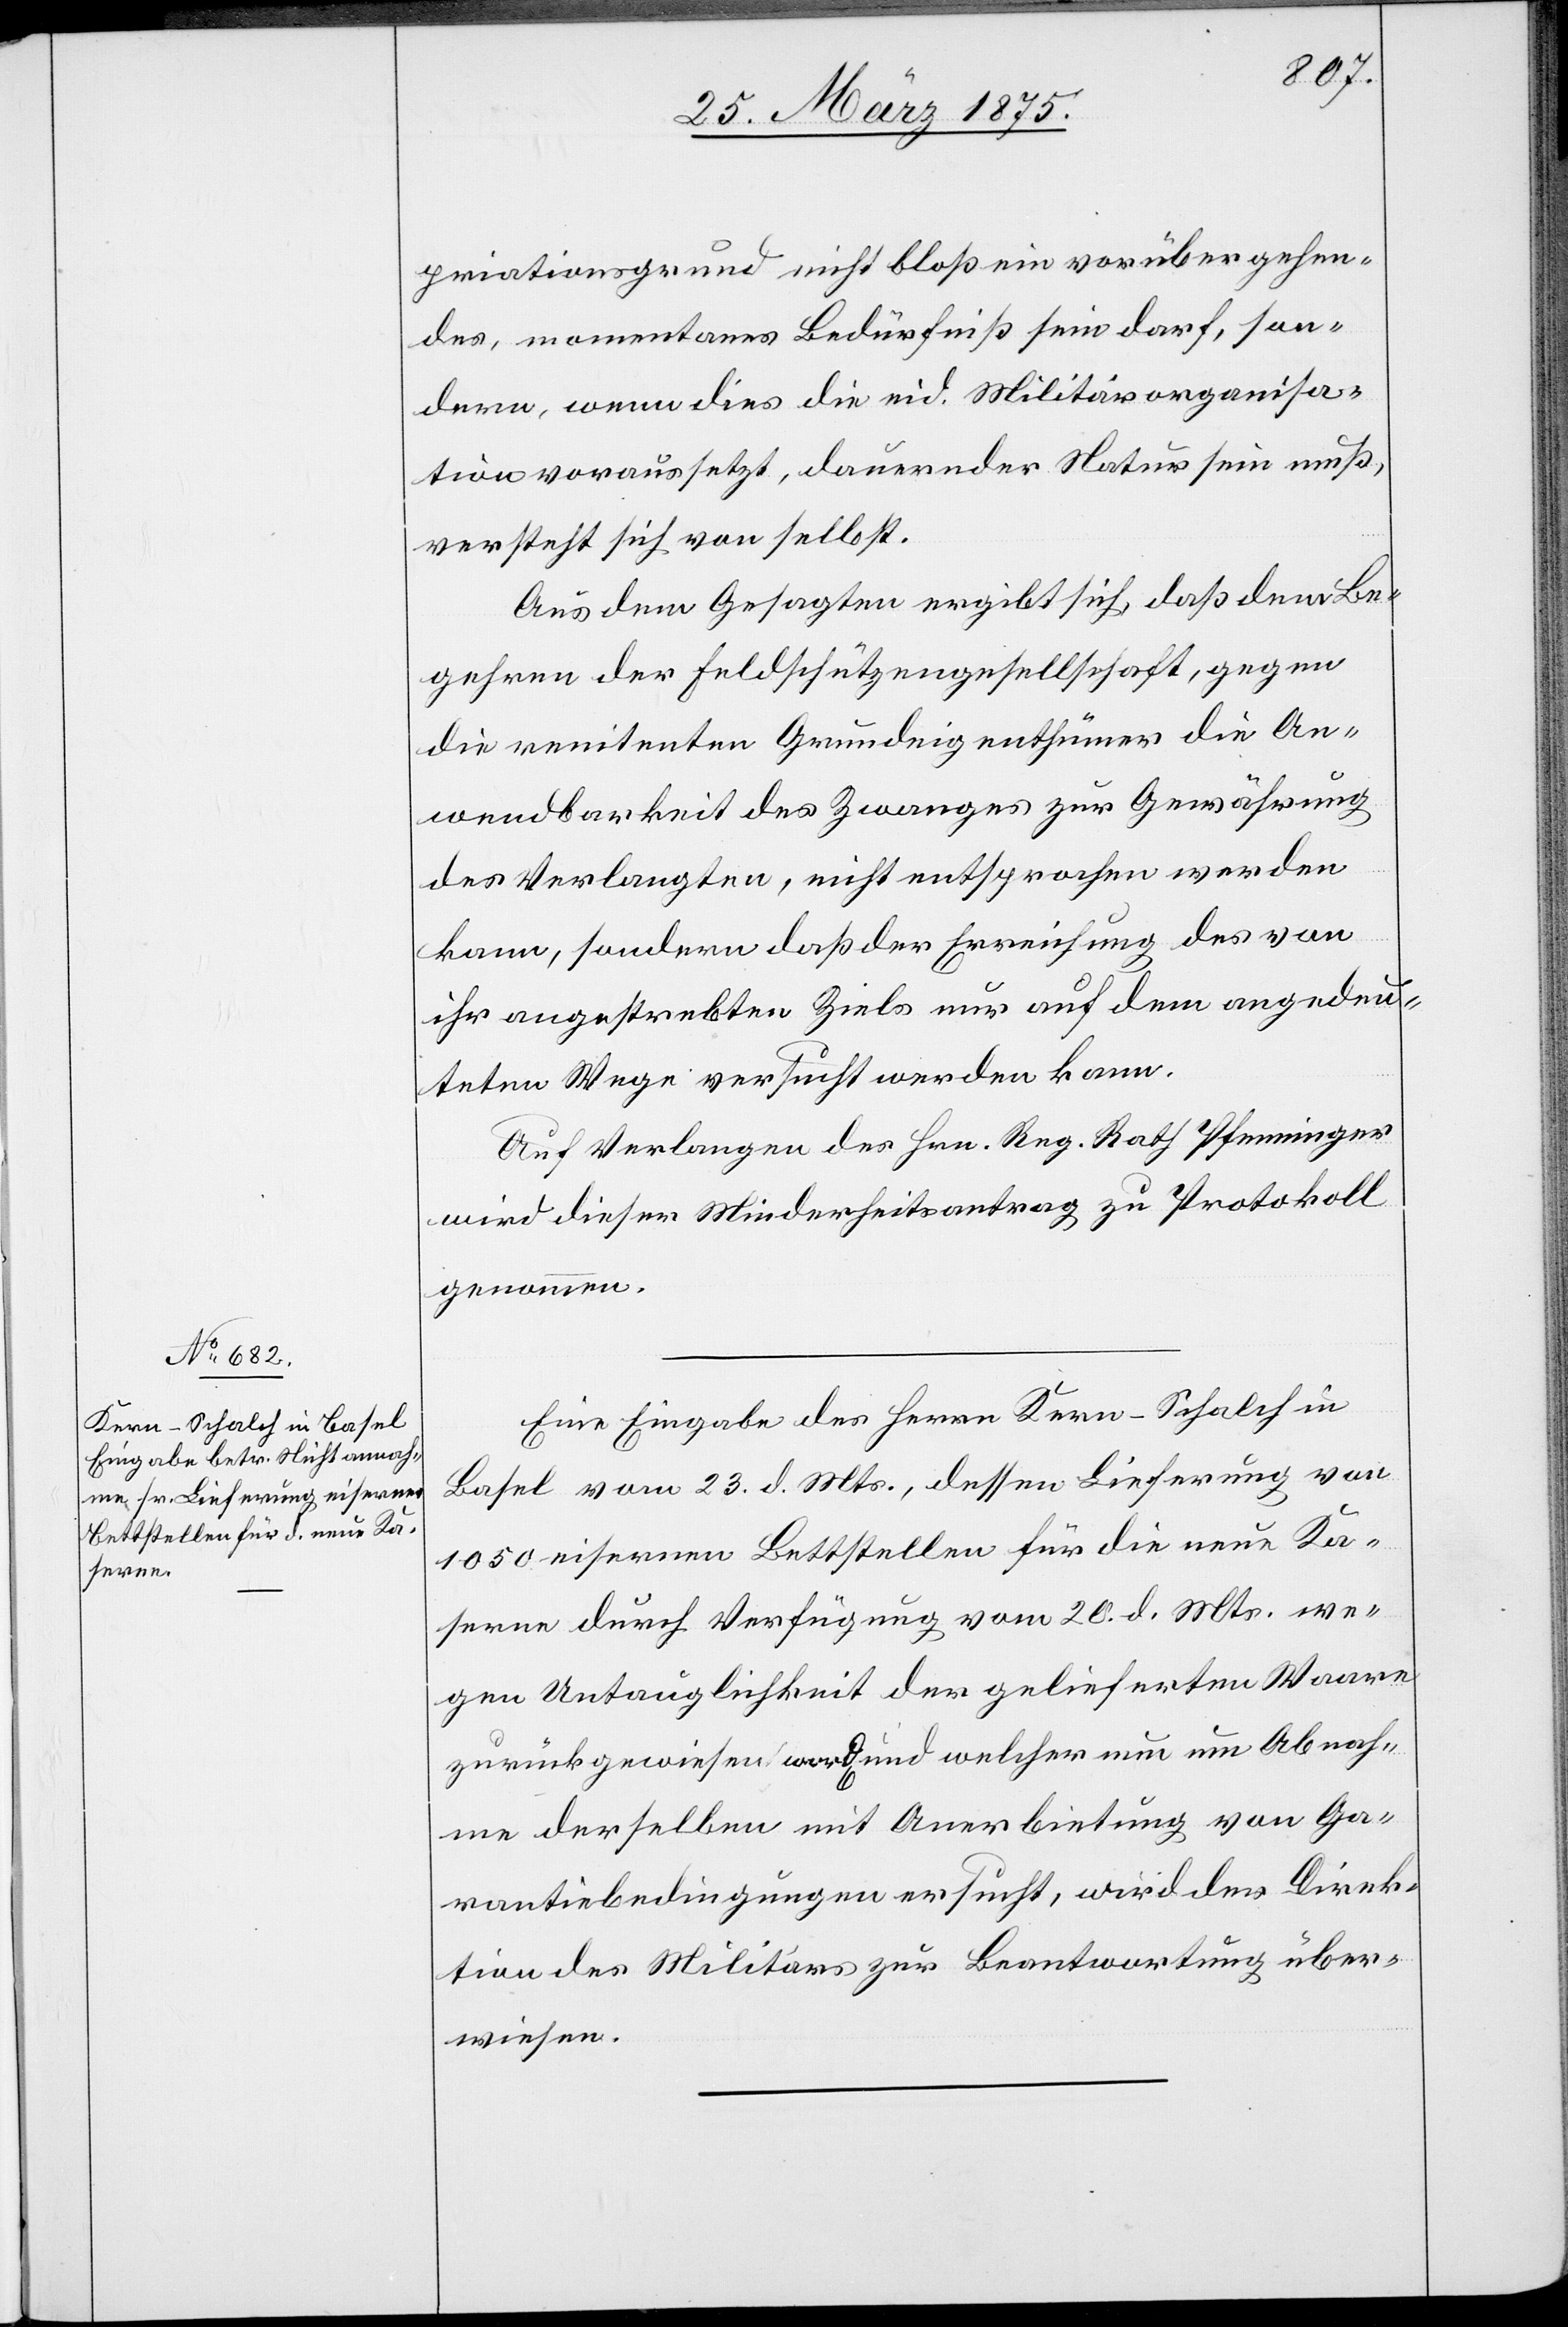
priationsgrund nicht bloß ein vorübergehen¬
des, momentanes Bedürfniß sein darf, son¬
dern, wenn dies die eid. Militärorganisa¬
tion voraussetzt, dauernder Natur sein muß,
versteht sich von selbst.
Aus dem Gesagten ergibt sich, daß dem Be¬
gehren der Feldschützengesellschaft, gegen
die renitenten Grundeigenthümer die An¬
wendbarkeit des Zwanges zur Gewährung
des Verlangten, nicht entsprochen werden
kann, sondern daß der Erreichung des von
ihr angestrebten Ziels nur auf dem angedeu¬
teten Wege versucht werden kann.
Auf Verlangen des Hrn. Reg. Rath Pfenninger
wird dieser Minderheitsantrag zu Protokoll
genommen.
Eine Eingabe des Herrn Kern-Schalch in
Basel vom 23. d. Mts., dessen Lieferung von
1050 eisernern Bettstellen für die neue Ka¬
serne durch Verfügung vom 20. d. Mts. we¬
gen Untauglichkeit der gelieferten Waare
zurückgewiesen wurde und welcher nun um Abnah¬
me derselben mit Anerbietung von Ga¬
rantiebedingungen ersucht, wird der Direk¬
tion des Militärs zur Beantwortung über¬
wiesen.